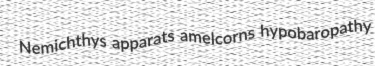
Nemichthys apparats amelcorns hypobaropathy